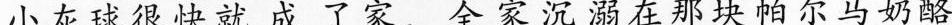
小灰球很快就成了家，全家沉溺在那块帕尔马奶酪